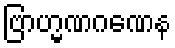
ဗြာဟ္မဏဂဏေန